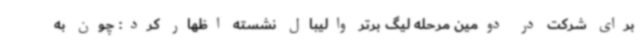
برای شرکت در دومین مرحله لیگ برتر والیبال نشسته اظهار کرد: چون به